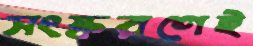
সংস্করণেই